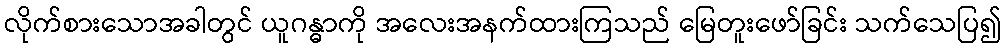
လိုက်စားသောအခါတွင် ယူဂန္ဓာကို အလေးအနက်ထားကြသည် မြေတူးဖော်ခြင်း သက်သေပြ၍